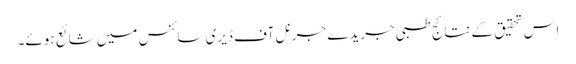
اس تحقیق کے نتائج طبی جریدے جرنل آف ڈیری سائنس میں شائع ہوئے۔